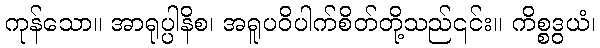
ကုန်သော။ အာရုပ္ပါနိစ၊ အရူပဝိပါက်စိတ်တို့သည်၎င်း။ ကိစ္စဒွယံ၊